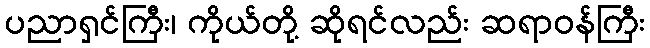
ပညာရှင်ကြီး၊ ကိုယ်တို့ ဆိုရင်လည်း ဆရာဝန်ကြီး